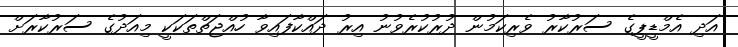
އަދި އެމްޑީޕީގެ ސަރުކާރު ވެރިކަމުން ދުރުކުރެވުނު އިރު ދައްކާފައިވާ ހުއްޖަތްތަކަކީ މިއަދުގެ ސަރުކާރަށް